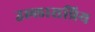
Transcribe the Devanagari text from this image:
उल्लासप्रिय